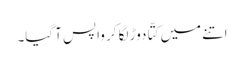
اتنے میں کتّا دوڑ لگا کر واپس آ گیا۔